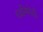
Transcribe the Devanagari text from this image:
ध्वनिभेदों